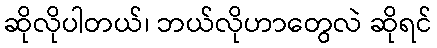
ဆိုလိုပါတယ်၊ ဘယ်လိုဟာတွေလဲ ဆိုရင်